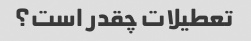
تعطیلات چقدر است؟